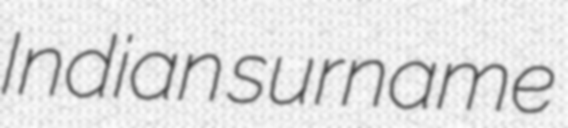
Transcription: Indian surname